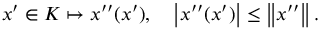
x ^ { \prime } \in K \mapsto x ^ { \prime \prime } ( x ^ { \prime } ) , \quad \left| x ^ { \prime \prime } ( x ^ { \prime } ) \right| \leq \left\| x ^ { \prime \prime } \right\| .